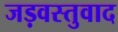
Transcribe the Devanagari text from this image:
जड़वस्तुवाद